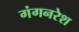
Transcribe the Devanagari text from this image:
गंगनरेश